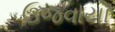
ઉજવાયો